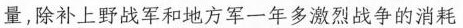
量，除补上野战军和地方军一年多激烈战争的消耗